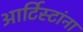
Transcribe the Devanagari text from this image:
आर्टिस्टांना